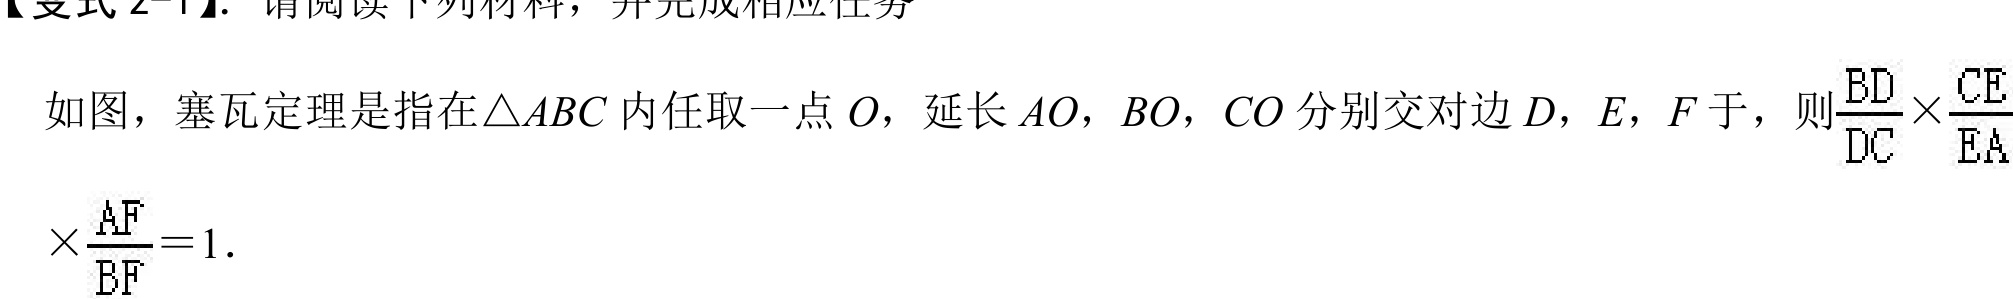
【变式 2-1】. 请阅读下列材料，并完成相应任务

如图，塞瓦定理是指在\(\triangle ABC\)内任取一点\(O\)，延长\(AO\)，\(BO\)，\(CO\)分别交对边\(D\)，\(E\)，\(F\) 于，则\(\frac{BD}{DC}\times\frac{CE}{EA}\times\frac{AF}{BF}=1\).